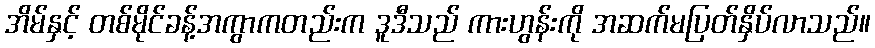
အိမ်နှင့် တစ်မိုင်ခန့်အကွာကတည်းက ဒူဒီသည် ကားဟွန်းကို အဆက်မပြတ်နှိပ်လာသည်။